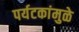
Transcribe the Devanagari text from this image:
पर्यटकांमुळे